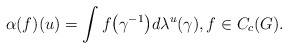
\begin{gather*}\alpha(f)(u)=\int f\big(\gamma^{-1}\big)d\lambda^u(\gamma),f\in C_c(G).\end{gather*}